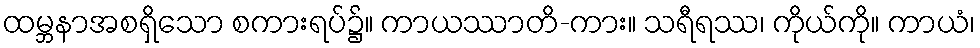
ထမ္ဘနာအစရှိသော စကားရပ်၌။ ကာယဿာတိ-ကား။ သရီရဿ၊ ကိုယ်ကို။ ကာယံ၊